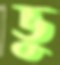
ভু